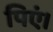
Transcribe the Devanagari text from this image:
पिएं।